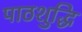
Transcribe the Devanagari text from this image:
पाठशुद्धि